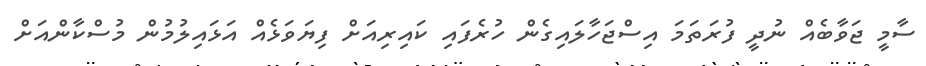
ސާމީ ޖަވާބެއް ނުދީ ފުރަތަމަ އިސްޖަހާލައިގެން ހުރެފައި ކައިރިއަށް ފިޔަވަޅެއް އަޅައިލުމުން މުސްކާންއަށް